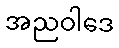
အညဝါဒေ